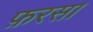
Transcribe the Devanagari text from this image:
फ़रसा